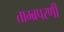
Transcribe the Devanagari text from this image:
ताम्ब्रपरणी